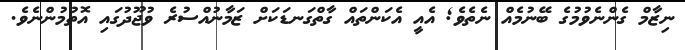
ނިޒާމް ގެންނެވުމުގެ ބޭނުމެއް ނެތެވެ; އެއީ އެކަންތައް ގާތްގަނޑަކަށް ޒަމާނުއްސުރެ ވުޖޫދުގައި އޮތުމުންނެވެ.